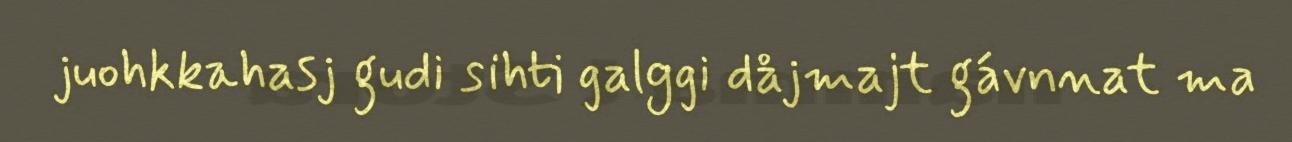
juohkkahasj gudi sihti galggi dåjmajt gávnnat ma